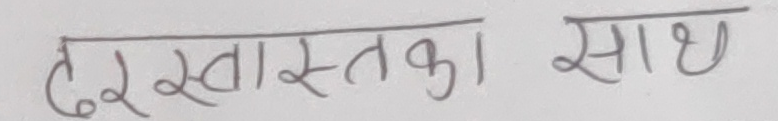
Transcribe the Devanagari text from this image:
दर स्वस्त का साथ